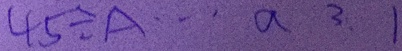
3 0 \div A \cdots a 3 1